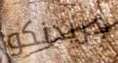
جريدنكو